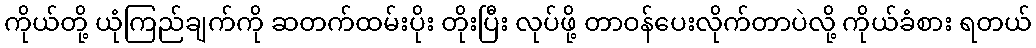
ကိုယ်တို့ ယုံကြည်ချက်ကို ဆတက်ထမ်းပိုး တိုးပြီး လုပ်ဖို့ တာဝန်ပေးလိုက်တာပဲလို့ ကိုယ်ခံစား ရတယ်